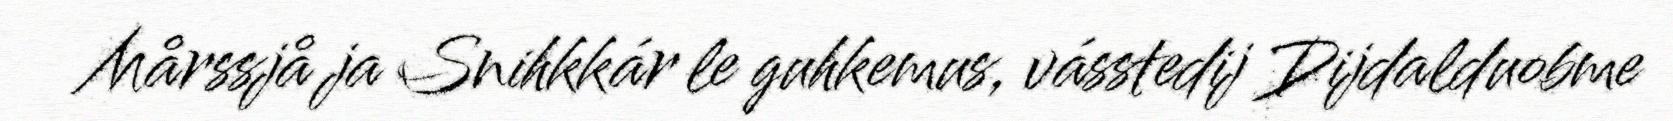
Mårssjå ja Snihkkár le guhkemus, vásstedij Dijdalduobme